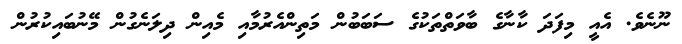
ނޫނެވެ. އެއީ މިފަދަ ކާނާގެ ބާވަތްތަކުގެ ސަބަބުން މަތިންއެރުމާއި މެއިން ދިލަނެގުން މޭނުބައިކުރުން